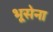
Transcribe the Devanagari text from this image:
भूसेना